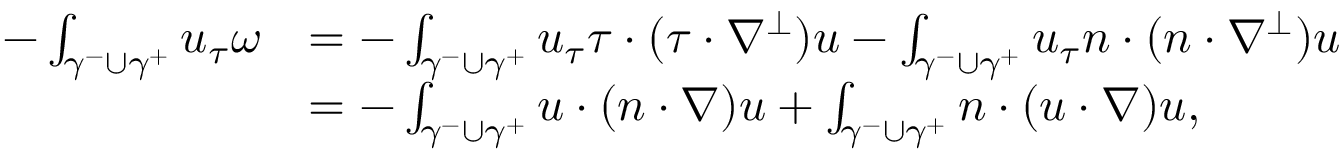
\begin{array} { r l } { - \int _ { \gamma ^ { - } \cup \gamma ^ { + } } u _ { \tau } \omega } & { = - \int _ { \gamma ^ { - } \cup \gamma ^ { + } } u _ { \tau } \tau \cdot ( \tau \cdot \nabla ^ { \perp } ) u - \int _ { \gamma ^ { - } \cup \gamma ^ { + } } u _ { \tau } n \cdot ( n \cdot \nabla ^ { \perp } ) u } \\ & { = - \int _ { \gamma ^ { - } \cup \gamma ^ { + } } u \cdot ( n \cdot \nabla ) u + \int _ { \gamma ^ { - } \cup \gamma ^ { + } } n \cdot ( u \cdot \nabla ) u , } \end{array}